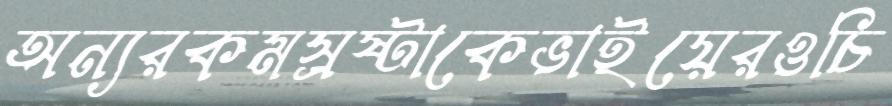
অন্যরকমস্রষ্টাকেভাইয়েরওচি